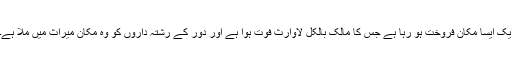
ایک ایسا مکان فروخت ہو رہا ہے جس کا مالک بالکل لاوارث فوت ہوا ہے اور دور کے رشتہ داروں کو وہ مکان میراث میں ملا ہے۔